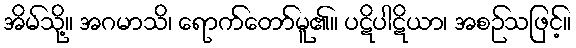
အိမ်သို့။ အဂမာသိ၊ ရောက်တော်မူ၏။ ပဋိပါဋိယာ၊ အစဉ်သဖြင့်။